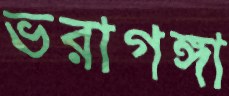
ভরাগঙ্গা